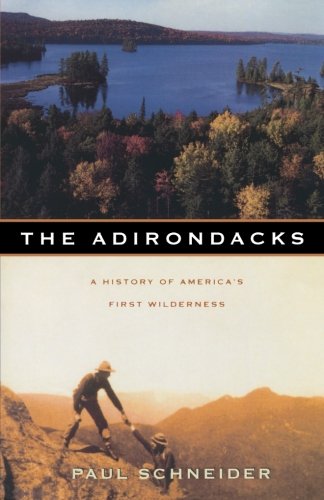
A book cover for The Adirondacks: A History of America's First Wilderness; Paul Schneider; Science & Math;